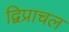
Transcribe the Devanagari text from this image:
द्विप्राचल